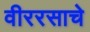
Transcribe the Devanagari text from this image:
वीररसाचे